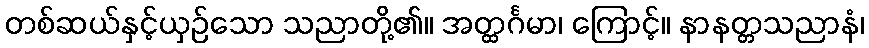
တစ်ဆယ်နှင့်ယှဉ်သော သညာတို့၏။ အတ္ထင်္ဂမာ၊ ကြောင့်။ နာနတ္တသညာနံ၊